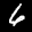
Digit: 4